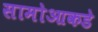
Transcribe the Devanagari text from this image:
सामोआकडे